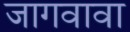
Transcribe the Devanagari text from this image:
जागवावा